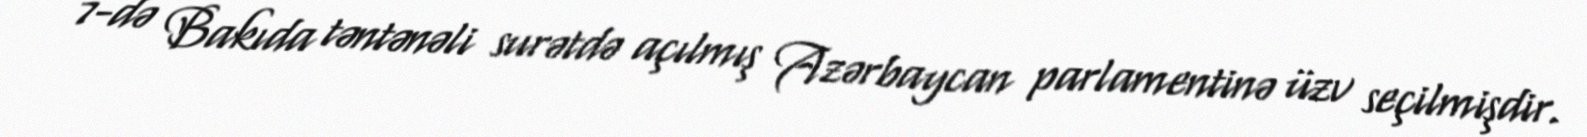
7-də Bakıda təntənəli surətdə açılmış Azərbaycan parlamentinə üzv seçilmişdir.